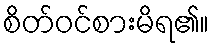
စိတ်ဝင်စားမိရ၏။